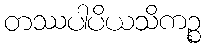
တဿပါပိယသိကဉ္စ